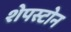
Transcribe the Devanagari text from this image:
शेपस्टोन